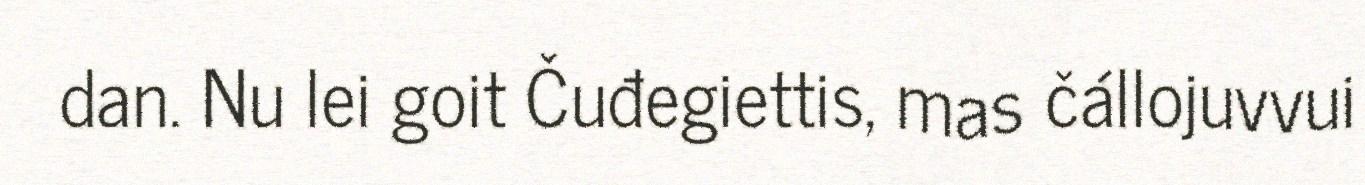
dan. Nu lei goit Čuđegiettis, mas čállojuvvui